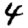
Digit: 4